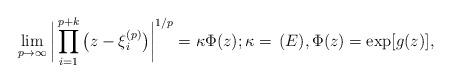
LaTeX: \begin{align*} \lim_{p\to\infty}\bigg|\prod^{p+k}_{i=1} \big(z-\xi^{(p)}_i\big)\bigg|^{1/p}=\kappa\Phi(z);\kappa=\,(E),\Phi(z)=\exp[g(z)],\end{align*}